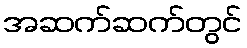
အဆက်ဆက်တွင်